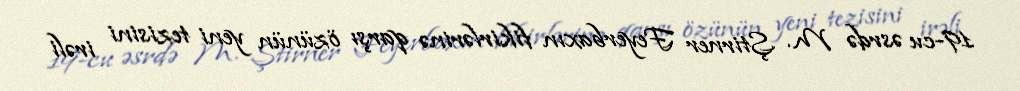
19-cu əsrdə M. Ştirner Feyerbaxın fikirlərinə qarşı özünün yeni tezisini irəli